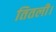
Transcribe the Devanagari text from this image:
तितली।